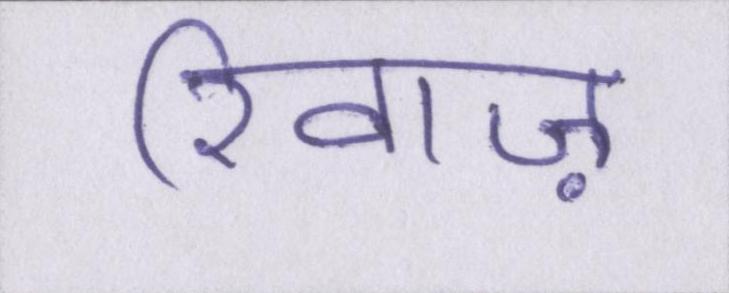
रिवाज़